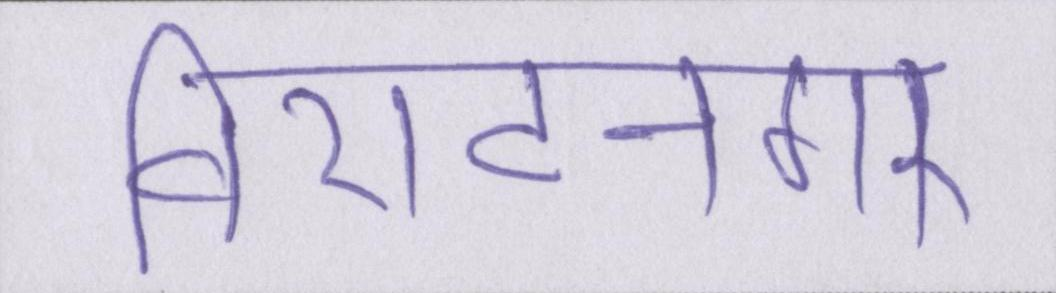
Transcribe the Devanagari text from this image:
विराटनगर